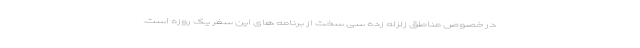
در خصوص مناطق زلزله زده سی سخت از برنامه های این سفر یک روزه است.